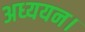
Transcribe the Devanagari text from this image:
अध्‍ययन।